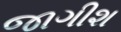
જાગીશ